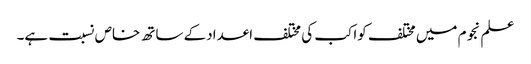
علم نجوم میں مختلف کواکب کی مختلف اعدادکے ساتھ خاص نسبت ہے۔